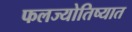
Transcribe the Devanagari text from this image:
फलज्योतिष्यात